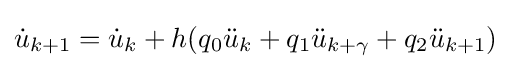
{\dot {u}}_{k+1}={\dot {u}}_{k}+h(q_{0}{\ddot {u}}_{k}+q_{1}{\ddot {u}}_{k+\gamma }+q_{2}{\ddot {u}}_{k+1})